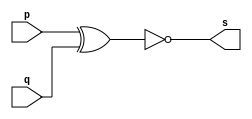
// ------------------------- 
// Exerccio0003 - XNOR 
// Nome: Joo Henrique Mendes de Oliveira 
// -------------------------

// ------------------------- 
// -- xnor gate 
// ------------------------- 
 module xnorgate ( output s, input p, q); 
	assign s = ( ~(p^q) )  ; 
 endmodule // xnorgate
 
// --------------------- 
// -- test xnor gate 
// --------------------- 
 module testxnorgate; 
// ------------------------- dados locais 
	reg a, b; // definir registradores 
	wire s; // definir conexao (fio) 
// ------------------------- instancia 
	xnorgate XNOR1 (s, a, b); 
// ------------------------- preparacao 
	initial begin:start 
			// atribuicao simultanea 
			// dos valores iniciais 
		a = 0; b = 0; 
 end
  
// ------------------------- parte principal 
	initial begin 
		$display("Exerccio0003 - Joo Henrique Mendes de Oliveira - 392734"); 
		$display("Test XNOR gate"); 
		$display("\n\t\t  time\t ~(a ^ b) = s\n"); 
		a = 0; b = 0; 
		$monitor("%d\t ~(%b ^ %b) = %b", $time, a, b, s);
		#1 a = 0; b = 1;
		#1 a = 1; b = 0;
		#1 a = 1; b = 1;
	 
	end 
	
 endmodule // testxnorgate